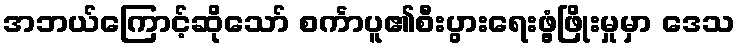
အဘယ်ကြောင့်ဆိုသော် စင်္ကာပူ၏စီးပွားရေးဖွံ့ဖြိုးမှုမှာ ဒေသ